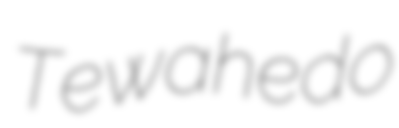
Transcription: Tewahedo